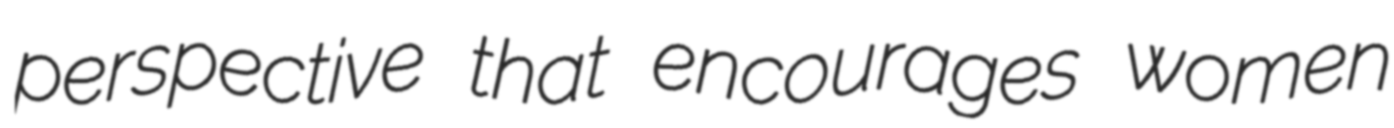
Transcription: perspective that encourages women